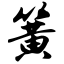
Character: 簧